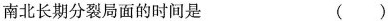
南北长期分裂局面的时间是（）